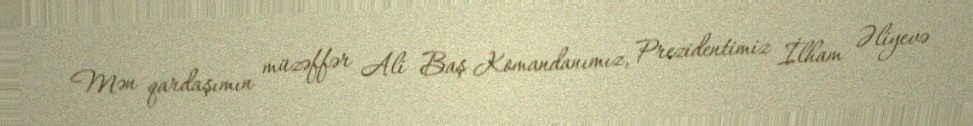
Mən qardaşımın müzəffər Ali Baş Komandanımız, Prezidentimiz İlham Əliyevə